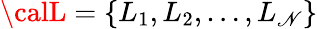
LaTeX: {\calL}=\{ L_{1},L_{2},\ldots,L_{\mathscr{N}}\}